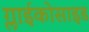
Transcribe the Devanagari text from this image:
ग्लाईकोसाइड